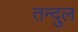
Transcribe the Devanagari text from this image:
तन्दुल